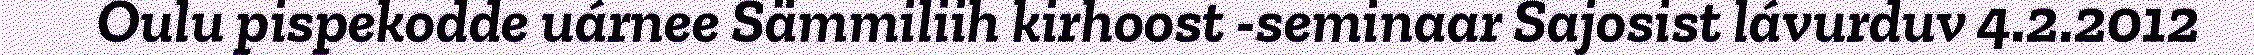
Oulu pispekodde uárnee Sämmiliih kirhoost -seminaar Sajosist lávurduv 4.2.2012